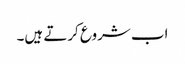
اب شروع کرتے ہیں۔